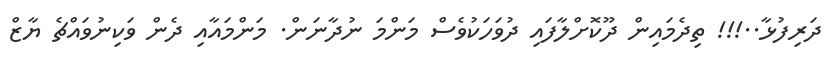
ދަރިފުޅާ..!!! ތިދެމައިން ދޫކޮށްލާފައި ދުވަހަކުވެސް މަންމަ ނުދާނަން. މަންމައާއި ދެން ވަކިނުވައްޗެ ޔާޒް